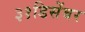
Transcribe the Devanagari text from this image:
३१डिसेंबर